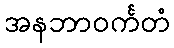
အနဘာဝင်္ကတံ